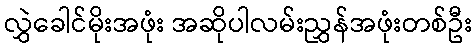
လွှဲခေါင်မိုးအဖုံး အဆိုပါလမ်းညွှန်အဖုံးတစ်ဦး